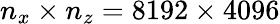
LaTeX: n_{x}\times n_{z}=8192\times 4096